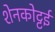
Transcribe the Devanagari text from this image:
शेनकोट्टई